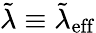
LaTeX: \tilde{\lambda}\equiv\tilde{\lambda}_{\mathrm{eff}}